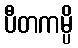
ပီတကမ္ပိ